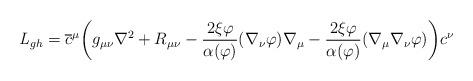
LaTeX: \begin{align*}{\it L}_{gh} = \overline c^\mu \biggl(g_{\mu \nu } \nabla^2 + R_{\mu \nu } - \frac{2 \xi\varphi}{\alpha(\varphi)} (\nabla_\nu\varphi) \nabla_\mu - \frac{2 \xi\varphi}{\alpha(\varphi)}(\nabla_\mu \nabla_\nu \varphi) \biggr) c^\nu\end{align*}